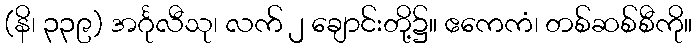
(နိ၊ ၃၃၉) အင်္ဂုလီသု၊ လက် ၂ ချောင်းတို့၌။ ဧကေကံ၊ တစ်ဆစ်စီကို။